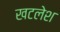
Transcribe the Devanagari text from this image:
खटलेश